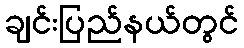
ချင်းပြည်နယ်တွင်